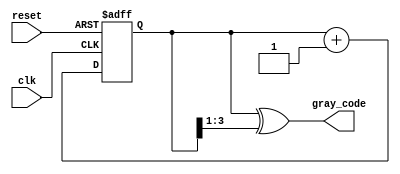
module gray_code_async_counter #(parameter N = 4)(
    input wire clk,       // Clock input
    input wire reset,     // Asynchronous reset
    output reg [N-1:0] gray_code // Output Gray code
);

    reg [N-1:0] binary_count; // Internal binary counter

    // Convert binary count to Gray code
    function [N-1:0] binary_to_gray;
        input [N-1:0] binary;
        begin
            binary_to_gray = binary ^ (binary >> 1);
        end
    endfunction

    always @(posedge clk or posedge reset) begin
        if (reset) begin
            binary_count <= 0; // Reset binary counter
        end else begin
            binary_count <= binary_count + 1; // Increment binary counter
        end
    end

    // Generate Gray code from the binary count
    always @(*) begin
        gray_code = binary_to_gray(binary_count);
    end

endmodule